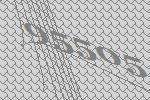
95505